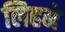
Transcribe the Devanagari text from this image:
लिहने